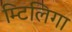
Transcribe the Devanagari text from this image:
म्टिलिगा